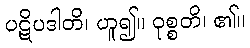
ပဋိပဒါတိ၊ ဟူ၍။ ဝုစ္စတိ၊ ၏။